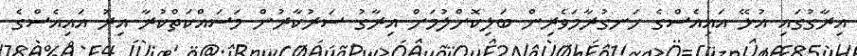
އިރާގުގައި އުޅޭ އައިއެސްގެ ހަނގުރާމަވެރިން ބަލިކޮށްލުމަށް އިރާގު ސަރުކާރުން މަސައްކަތްކުރާ އިރު އައިއެސްގެ